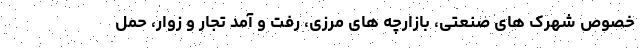
خصوص شهرک های صنعتی، بازارچه های مرزی، رفت و آمد تجار و زوار، حمل